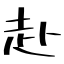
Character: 赴